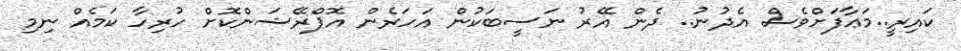
ކައިރީ..މަޢާފަށްވެސް އެދުނު.. ދެން އޭރު ނަސީބަކުން އަހަރެން އޮޕްރޭޝަންކޮށް ހުރިހާ ކަމެއް ނިމި